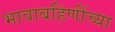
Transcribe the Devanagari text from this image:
भावाबहिणींच्या